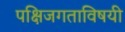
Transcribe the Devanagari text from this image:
पक्षिजगताविषयी